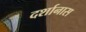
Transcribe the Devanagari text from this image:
दर्शानास